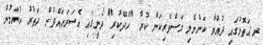
ރ.އަތޮޅުގައި ދުއްވާ ކަންނެލި މަސްވެރިކަން ކުރާ "ހެދޭކުރި" ދޯނީގައި އެސަރަޙައްދުން ދަތުރު ކުރަމުން